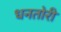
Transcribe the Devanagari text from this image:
धनतोरी